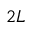
2 L